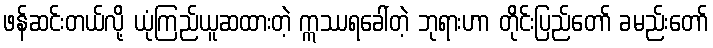
ဖန်ဆင်းတယ်လို့ ယုံကြည်ယူဆထားတဲ့ ဣဿရခေါ်တဲ့ ဘုရားဟာ တိုင်းပြည်တော် ခမည်းတော်